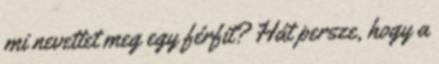
mi nevettet meg egy férfit? Hát persze, hogy a